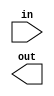
// Build a circuit that will reverse the byte ordering of the 4-byte word.

// Hint: Part-select can be used on both the left side and right side of an assignment.
// AaaaaaaaBbbbbbbbCcccccccDddddddd => DdddddddCcccccccBbbbbbbbAaaaaaaa

module top_module( 
    input [31:0] in,
    output [31:0] out );

    //Insert your code here
    // assign out[31:24] = ...;

endmodule